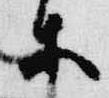
等